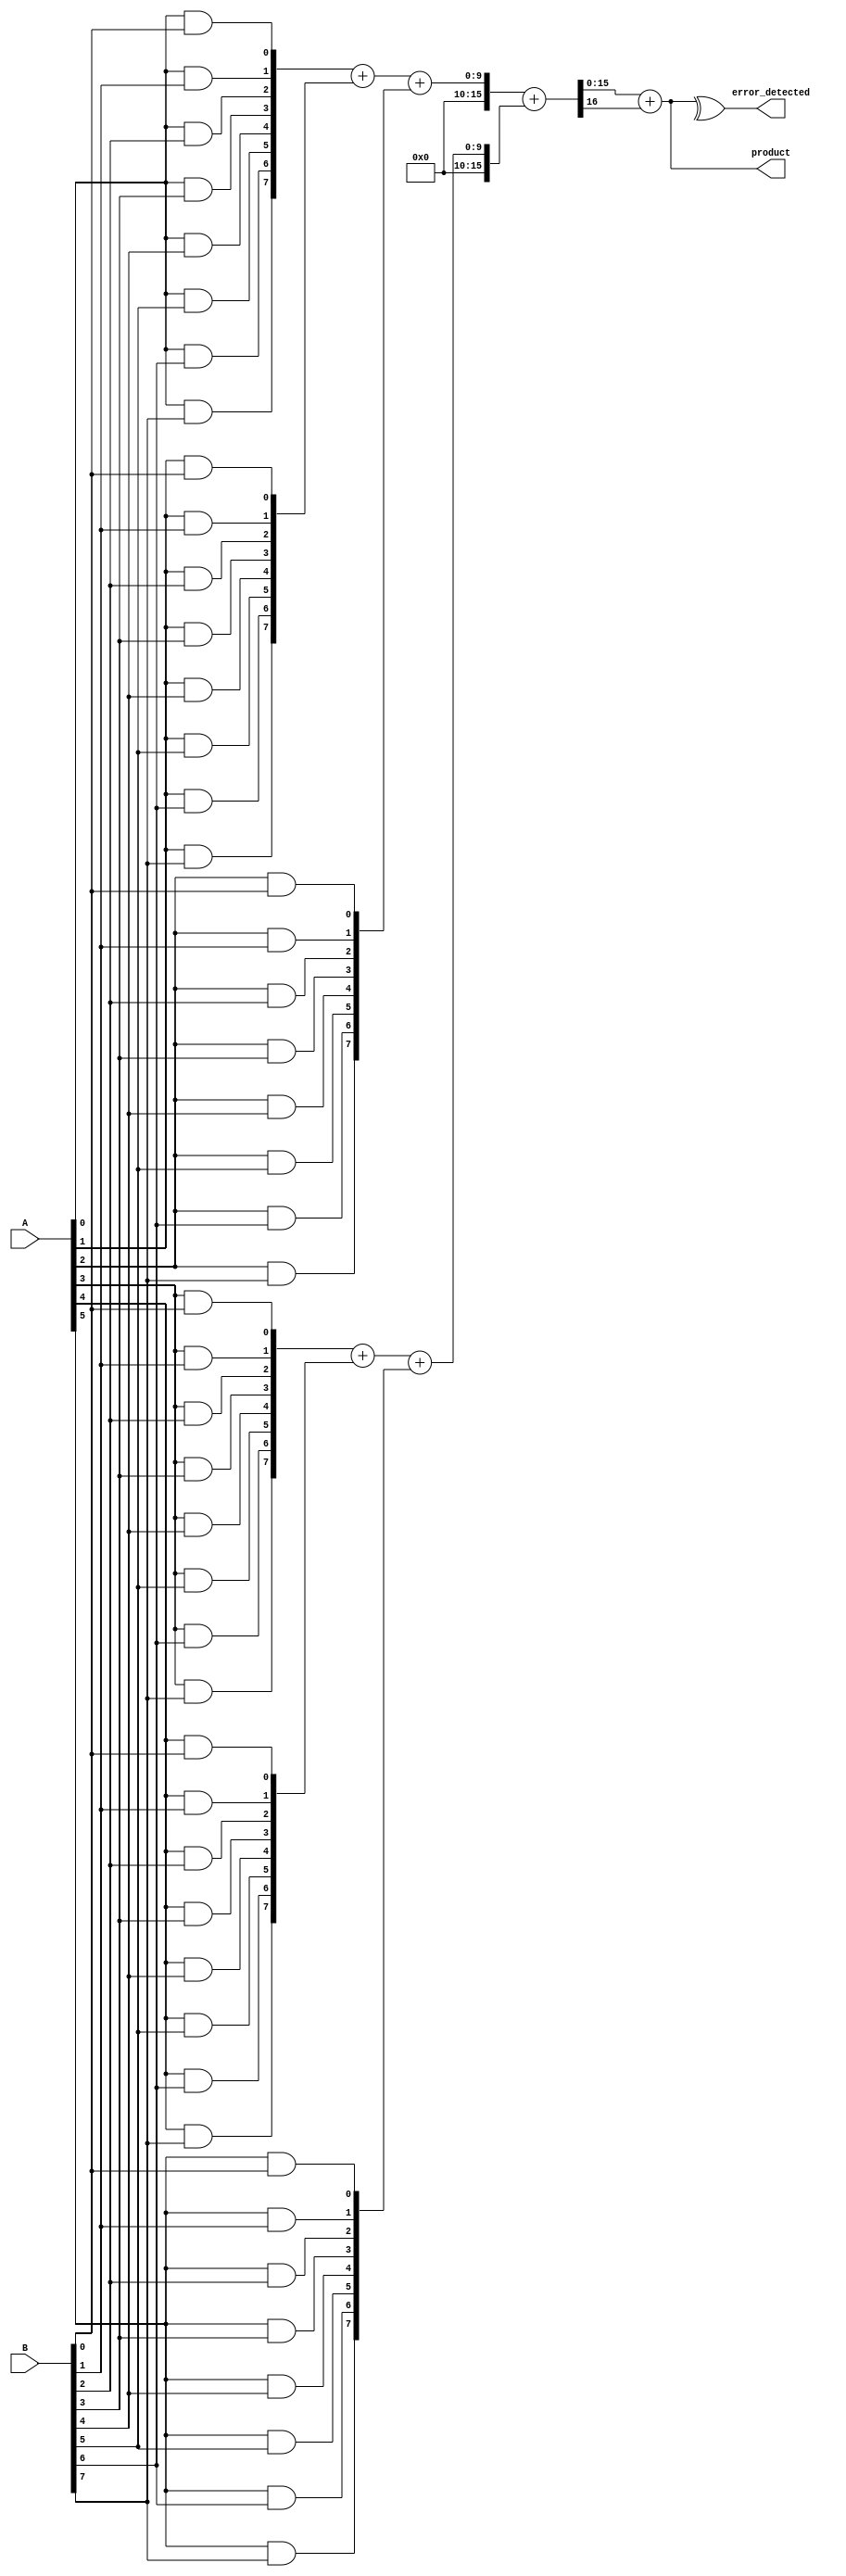
module Fault_Tolerant_Wallace_Tree_Multiplier #(parameter WIDTH = 8) (
    input [WIDTH-1:0] A,
    input [WIDTH-1:0] B,
    output reg [2*WIDTH-1:0] product,
    output reg error_detected
);

    // Partial product generation
    wire [WIDTH-1:0] partial_products[WIDTH-1:0];
    genvar i, j;
    generate
        for (i = 0; i < WIDTH; i = i + 1) begin : pp_gen
            for (j = 0; j < WIDTH; j = j + 1) begin : pp_and
                assign partial_products[i][j] = A[i] & B[j];
            end
        end
    endgenerate

    // Wallace tree reduction
    wire [WIDTH*2-1:0] sum[WIDTH-1:0];
    wire [WIDTH-1:0] carry[WIDTH-1:0];

    // Level 1 reduction
    generate
        for (i = 0; i < WIDTH; i = i + 1) begin : level1
            if (i % 3 == 0) begin
                assign {carry[i/3], sum[i/3]} = partial_products[i] + partial_products[i+1] + partial_products[i+2];
            end
        end
    endgenerate

    // Level 2 reduction (simplified for demonstration)
    wire [WIDTH*2-1:0] final_sum;
    wire final_carry;

    assign {final_carry, final_sum} = sum[0] + sum[1];

    // Final product assignment
    always @(*) begin
        product = final_sum + final_carry;
    end

    // Error detection (simple parity check)
    always @(*) begin
        error_detected = ^product; // Simple parity check for demonstration
    end

endmodule